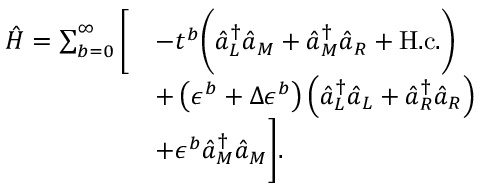
\begin{array} { r l } { \hat { H } = \sum _ { b = 0 } ^ { \infty } \bigg [ } & { - t ^ { b } \bigg ( \hat { a } _ { L } ^ { \dagger } \hat { a } _ { M } + \hat { a } _ { M } ^ { \dagger } \hat { a } _ { R } + \mathrm { H . c . } \bigg ) } \\ & { + \left( \epsilon ^ { b } + \Delta \epsilon ^ { b } \right) \left( \hat { a } _ { L } ^ { \dagger } \hat { a } _ { L } + \hat { a } _ { R } ^ { \dagger } \hat { a } _ { R } \right) } \\ & { + \epsilon ^ { b } \hat { a } _ { M } ^ { \dagger } \hat { a } _ { M } \bigg ] . } \end{array}